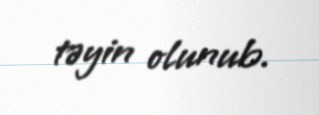
təyin olunub.